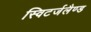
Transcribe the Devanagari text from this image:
स्विटर्जलैण्ड